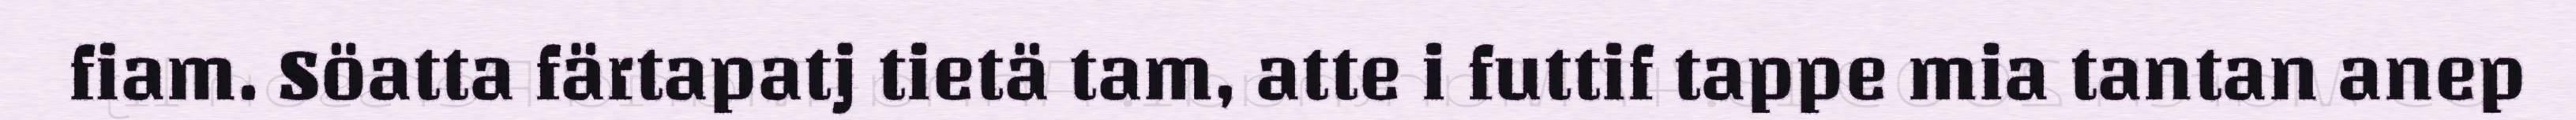
fiam. Söatta färtapatj tietä tam, atte i futtif tappe mia tantan anep